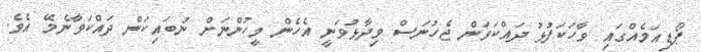
ޕޯޑިއަމެއްގައި ވާހަކަފުޅު ދަައްކަވަން ޖެހުނަސް ވިދާޅުވަނީ އެހެން މީހުންނަށް ނުބައިކަން ދައްކަވާނެމޭ އެވެ.